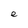
Character: e